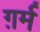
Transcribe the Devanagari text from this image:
ग़र्म